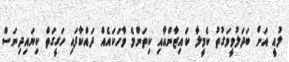
ލުއީ އަށް ބަދަލުވީވަގުތު ކެމީލާ ކައިޒާންއާއި ކިތަންމެ ވާހަކައެއް ދައްކާފައި ހަގީގަތް ކިޔައިދިނަސް